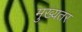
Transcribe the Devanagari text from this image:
मुख्यतर